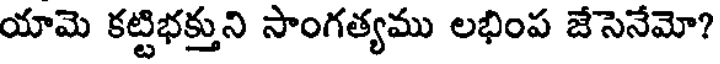
యామె కట్టిభక్తుని సాంగత్యము లభింప జేసెనేమో?